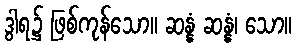
ဒွါရ၌ ဖြစ်ကုန်သော။ ဆန္နံ ဆန္နံ၊ သော။